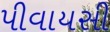
પીવાયસી